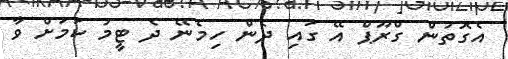
އެގޮތުން ގްރޫޕް އޭ ގައި ދެން ހިމެނޭ ދެ ޓީމު ކަމަށް ވާ